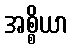
အစ္စိယာ